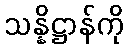
သန္နိဋ္ဌာန်ကို